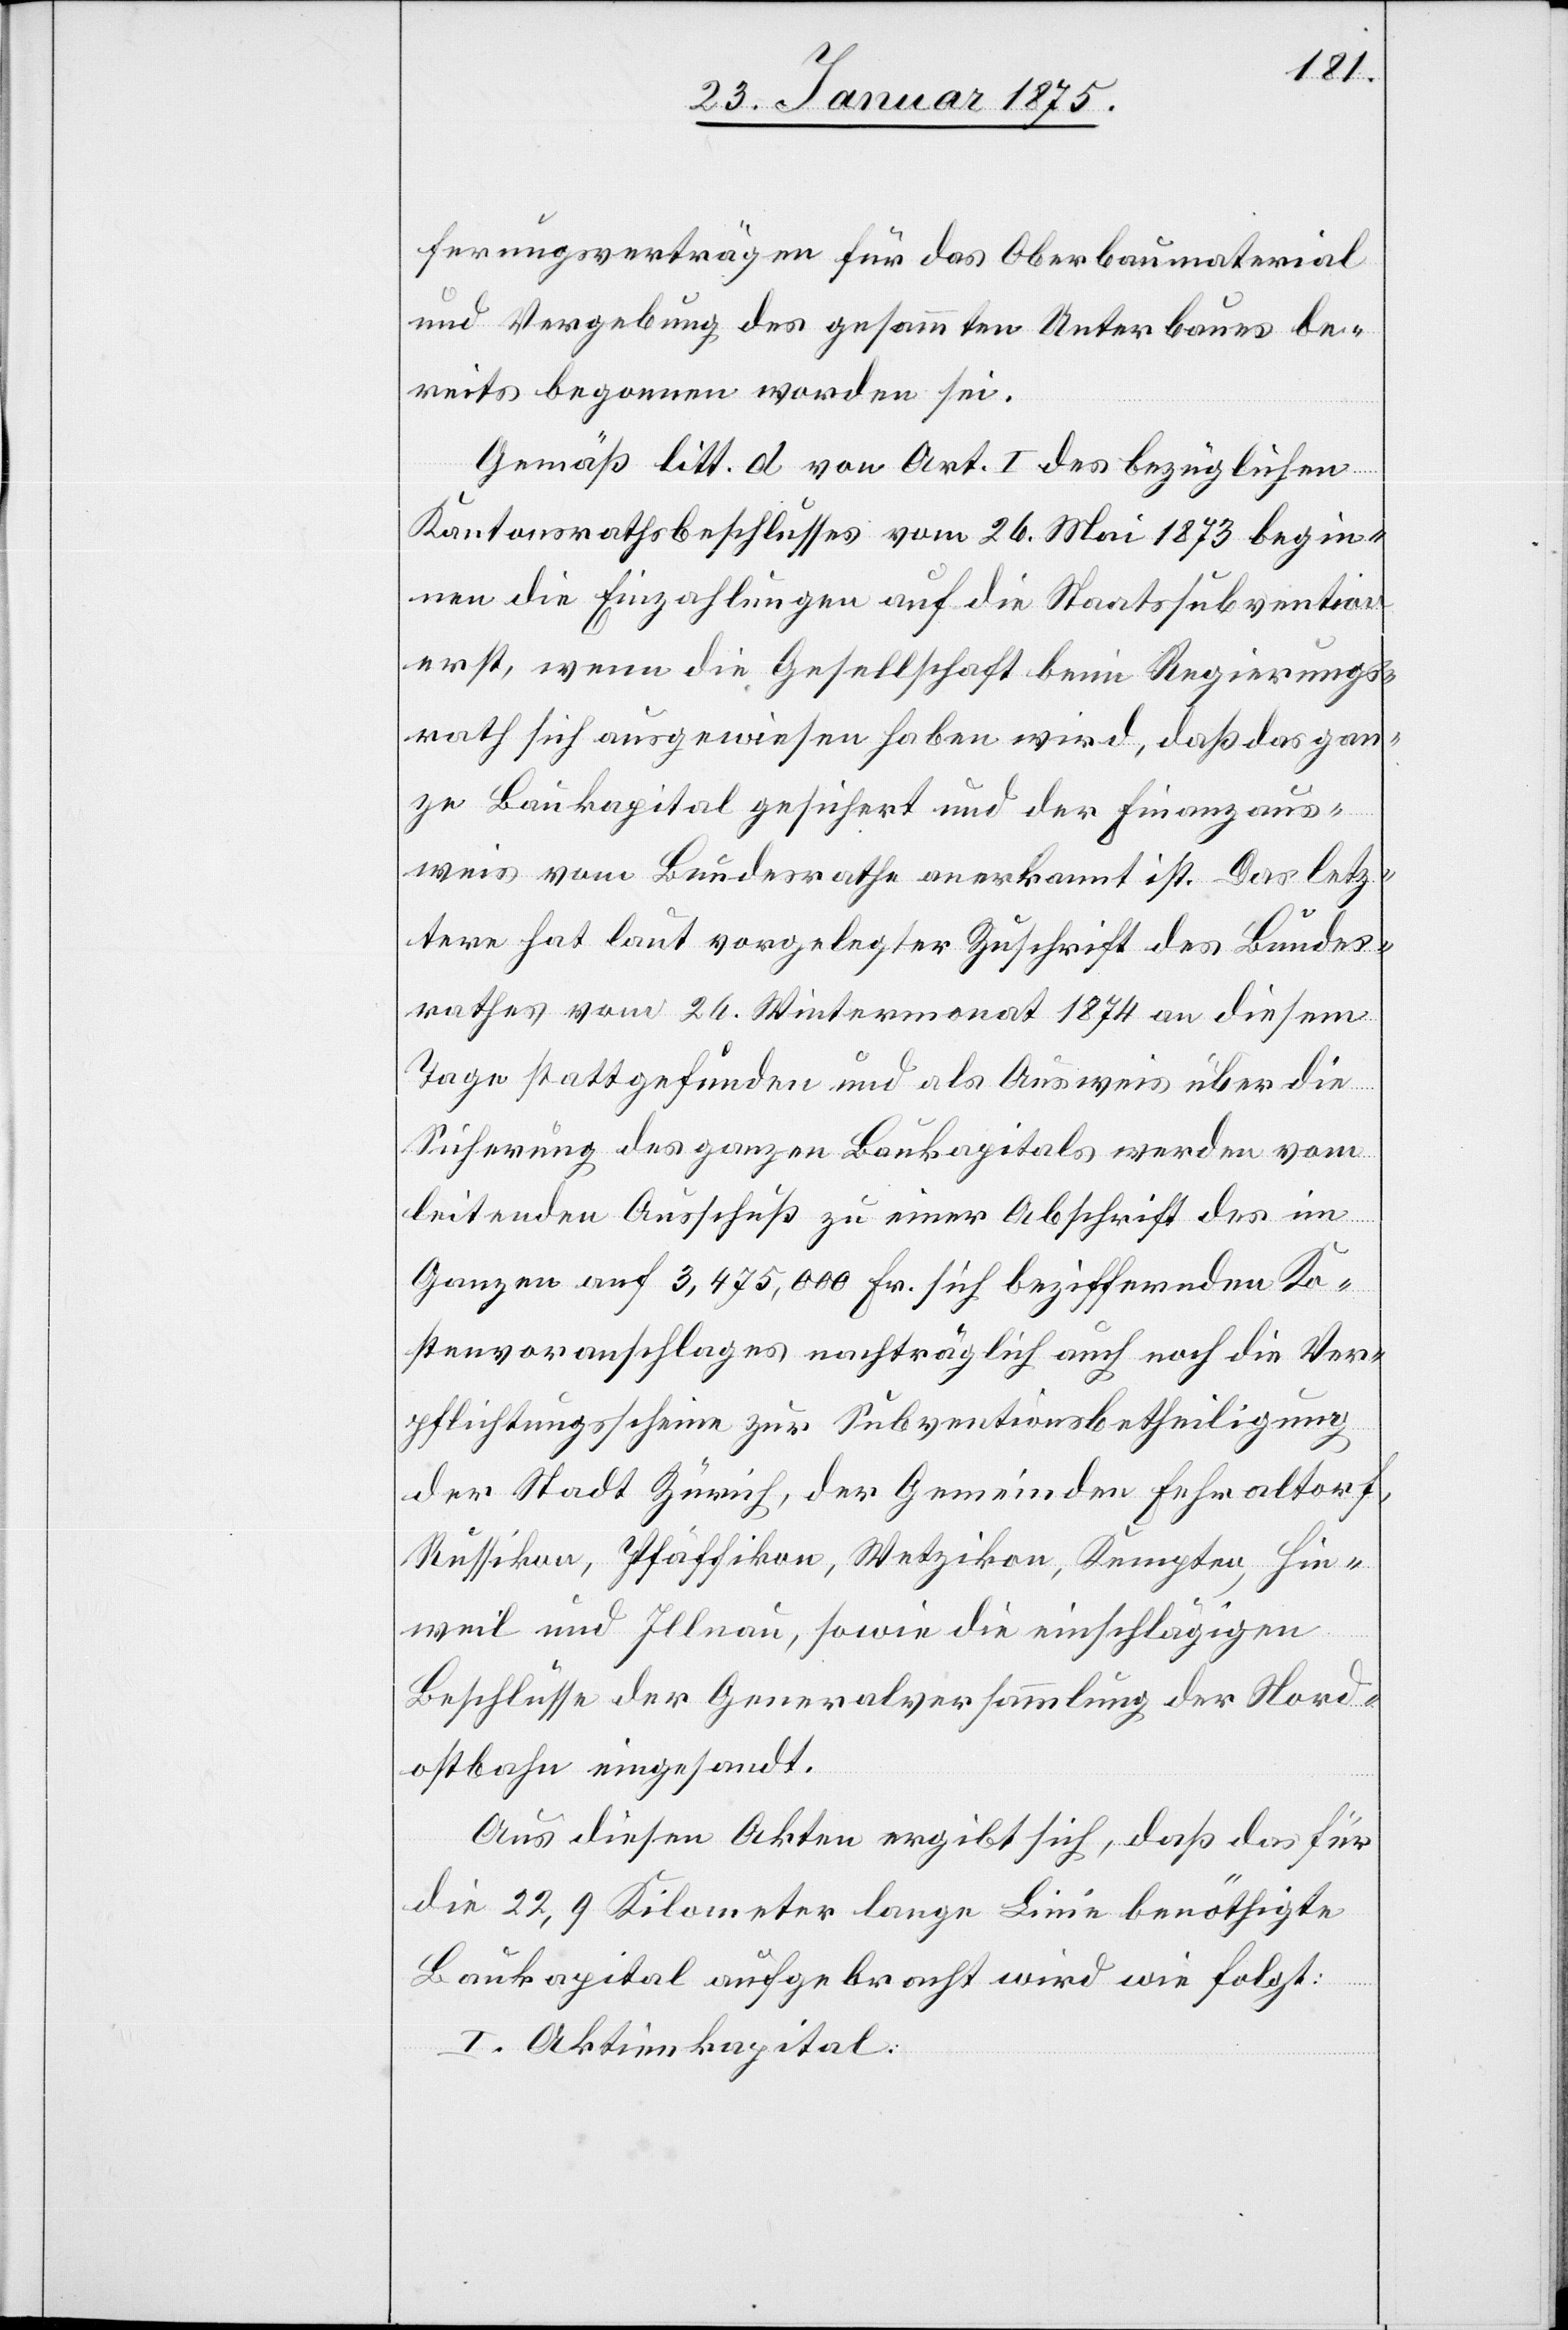
ferungsverträgen für das Oberbaumaterial
und Vergebung des gesammten Unterbaues be¬
reits begonnen worden sei.
Gemäß litt. d von Art. I des bezüglichen
Kantonsrathsbeschlusses vom 26. Mai 1873 begin¬
nen die Einzahlungen auf die Staatssubvention
erst, wenn die Gesellschaft beim Regierungs¬
rath sich ausgewiesen haben wird, daß das gan¬
ze Baukapital gesichert und der Finanzaus¬
weis vom Bundesrathe anerkannt ist. Das letz¬
tere hat laut vorgelegter Zuschrift des Bundes¬
rathes vom 26. Weinmonat 1874 an diesem
Tage stattgefunden und als Ausweis über die
Sicherung des ganzen Baukapitals werden vom
leitenden Ausschuß zu einer Abschrift des im
Ganzen auf 3,475,000 Fr. sich beziffernden Ko¬
stenvoranschlages nachträglich auch noch die Ver¬
pflichtungsscheine zur Subventionsbetheiligung
der Stadt Zürich der Gemeinden Fehraltorf,
Russikon, Pfäffikon, Wetzikon, Kempten, Hin¬
weil und Illnau, sowie die einschlägigen
Beschlüsse der Generalversammlung der Nord¬
ostbahn eingesandt.
Aus diesen Akten ergibt sich, daß das für
die 22,9 Kilometer lange Linie benöthigte
Baukapital aufgebracht wird wie folgt:
I. Aktienkapital: